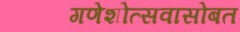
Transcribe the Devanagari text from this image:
गणेशोत्सवासोबत